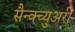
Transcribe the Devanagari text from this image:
सैन्क्च्युअरी